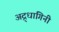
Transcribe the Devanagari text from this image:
अद्र्धागिनी